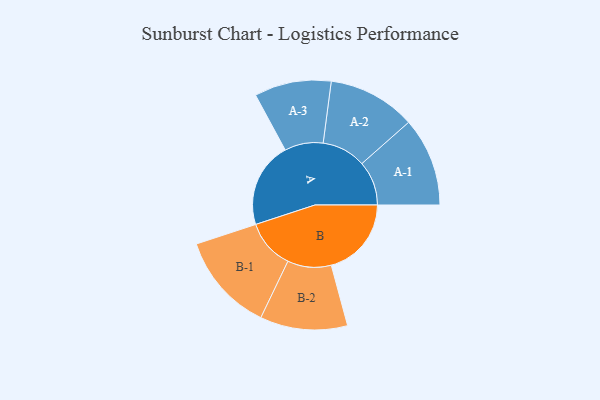
{"axis": {"x": "Segment", "y": "Value"}, "legend": ["", "A", "B"], "data": [{"x": "A", "y": 375, "type": ""}, {"x": "B", "y": 352, "type": ""}, {"x": "A-1", "y": 195, "type": "A"}, {"x": "A-2", "y": 193, "type": "A"}, {"x": "A-3", "y": 169, "type": "A"}, {"x": "B-1", "y": 217, "type": "B"}, {"x": "B-2", "y": 192, "type": "B"}]}